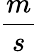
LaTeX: \frac{m}{s}